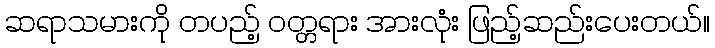
ဆရာသမားကို တပည့် ဝတ္တရား အားလုံး ဖြည့်ဆည်းပေးတယ်။